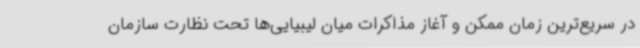
در سریع‌ترین زمان ممکن و آغاز مذاکرات میان لیبیایی‌ها تحت نظارت سازمان